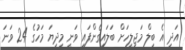
އަދި އެ ބިލް މަޖިލީހަށް ބަލައިގެންފައި ވަނީ މިދިޔަ މަހުގެ 24 ވަނަ